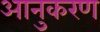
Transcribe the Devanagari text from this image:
आनुकरण